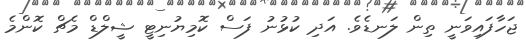
ޖަހާފައިވަނީ ތިން ލަނޑެވެ. އަދި ކުޅުނު ފަސް ކޮމިޔުނިޓީ ޝީލްޑް މެޗް ކޮންމެ